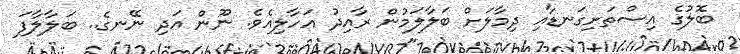
ބޮލުގެ އިސްތަށިގަނޑާއި ދިމާލަށް ބަލާލަމުން ރާއިދު އަހާލިއެވެ. ނޫން އަދި ނޭނގެ.. ބަލާލާފަ